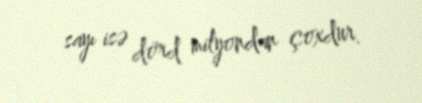
sayı isə dörd milyondan çoxdur.